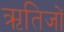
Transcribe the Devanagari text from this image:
ऋतिजों